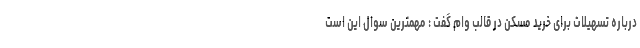
درباره تسهیلات برای خرید مسکن در قالب وام گفت : مهمترین سوال این است